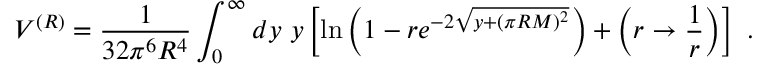
V ^ { ( R ) } = \frac { 1 } { 3 2 \pi ^ { 6 } R ^ { 4 } } \int _ { 0 } ^ { \infty } d y \ y \left[ \ln \left( 1 - r e ^ { - 2 \sqrt { y + ( \pi R M ) ^ { 2 } } } \right) + \left( r \rightarrow \frac { 1 } { r } \right) \right] \ .